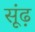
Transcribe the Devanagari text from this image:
सूंढ़